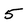
Character: 5